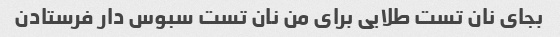
بجای نان تست طلایی برای من نان تست سبوس دار فرستادن